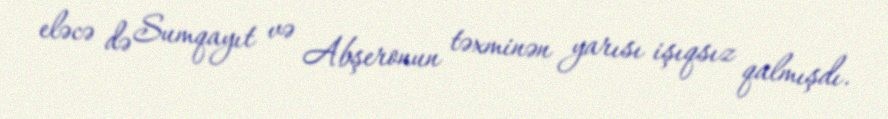
eləcə də Sumqayıt və Abşeronun təxminən yarısı işıqsız qalmışdı.